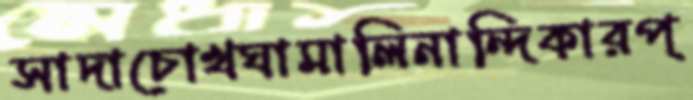
সাদাচোখঘামালিনান্দিকারপ্